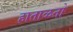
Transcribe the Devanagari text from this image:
हाताळतो